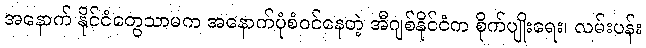
အနောက် နိုင်ငံတွေသာမက အနောက်ပုံစံဝင်နေတဲ့ အီဂျစ်နိုင်ငံက စိုက်ပျိုးရေး၊ လမ်းပန်း